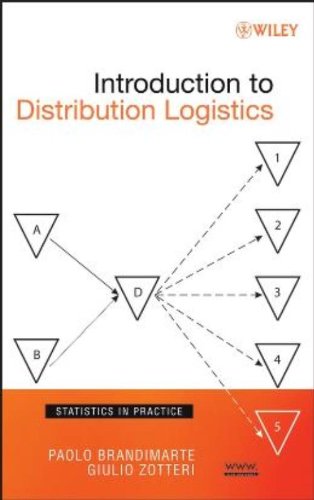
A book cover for Introduction to Distribution Logistics; Paolo Brandimarte; Business & Money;